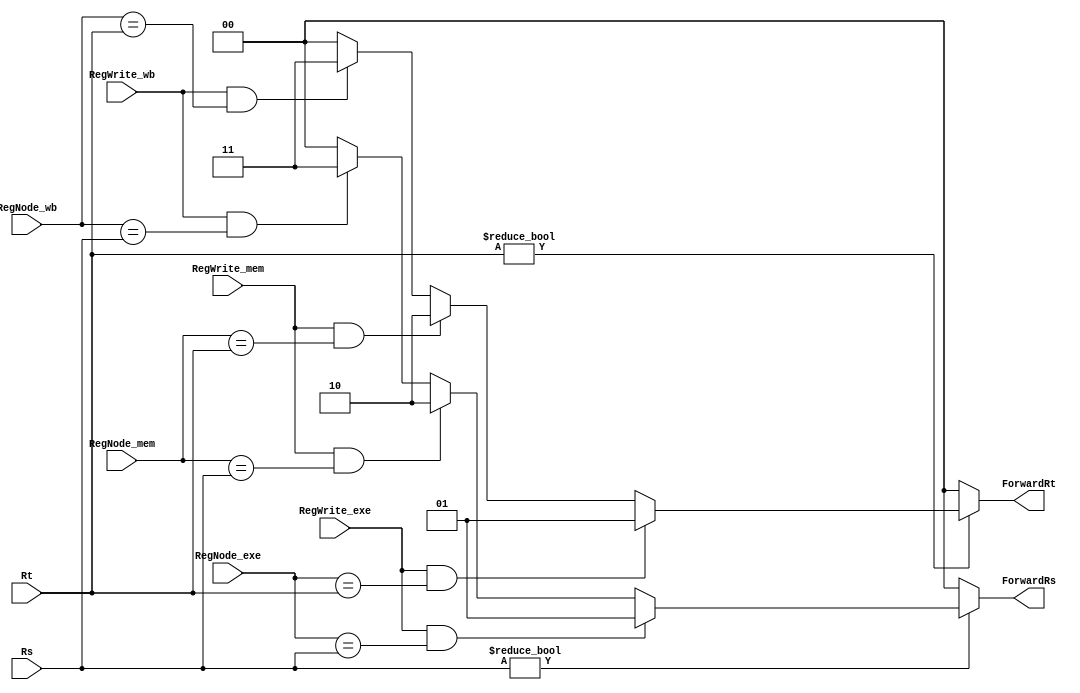
`default_nettype wire

`define FROM_WB  2'b11
`define FROM_MEM 2'b10
`define FROM_EXE 2'b01
`define FROM_NUL 2'b00

module ForwardUnit(
    input RegWrite_exe,
    input RegWrite_mem,
    input RegWrite_wb,
    input [4:0] RegNode_exe,
    input [4:0] RegNode_mem,
    input [4:0] RegNode_wb,
    input [4:0] Rs,
    input [4:0] Rt,
    output reg [1:0] ForwardRt,
    output reg [1:0] ForwardRs
    );


    // deal with forwardRs
    always @(*) begin
        if (Rs != 0) begin
            if ((RegWrite_exe == 1) && (RegNode_exe == Rs)) begin
                ForwardRs = `FROM_EXE;
            end else if ((RegWrite_mem == 1) && (RegNode_mem == Rs)) begin
                ForwardRs = `FROM_MEM;
            end else if ((RegWrite_wb == 1) && (RegNode_wb == Rs)) begin
                ForwardRs = `FROM_WB;
            end else begin
                ForwardRs = `FROM_NUL;
            end
        end else begin
            ForwardRs = `FROM_NUL;
        end
    end

    // deal with forwardRt
    always @(*) begin
        if (Rt != 0) begin
            if ((RegWrite_exe == 1) && (RegNode_exe == Rt)) begin
                ForwardRt = `FROM_EXE;
            end else if ((RegWrite_mem == 1) && (RegNode_mem == Rt)) begin
                ForwardRt = `FROM_MEM;
            end else if ((RegWrite_wb == 1) && (RegNode_wb == Rt)) begin
                ForwardRt = `FROM_WB;
            end else begin
                ForwardRt = `FROM_NUL;
            end
        end else begin
            ForwardRt = `FROM_NUL;
        end
    end

endmodule